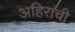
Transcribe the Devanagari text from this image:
अहिरांची